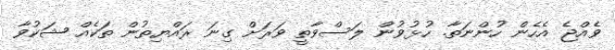
ވެއްޖެ އެހެން ހުންނަތާ. ހުޅުވުން ލަސްވާތީ ވަރަށް ގިނަ ރައްޔިތުން ތަކެއް ޝަކުވާ